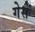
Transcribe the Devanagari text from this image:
गेसें